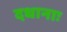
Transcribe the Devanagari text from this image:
दधानाः